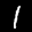
Label: 1